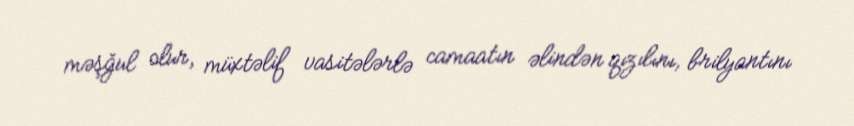
məşğul olur, müxtəlif vasitələrlə camaatın əlindən qızılını, brilyantını